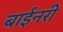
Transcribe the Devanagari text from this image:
बाईनरी